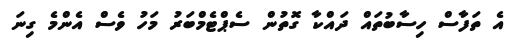
އެ ތަފާސް ހިސާބުތައް ދައްކާ ގޮތުން ސެޕްޓެމްބަރު މަހު ވެސް އެންމެ ގިނަ